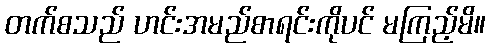
တက်စသည် ဟင်းအမည်စာရင်းကိုပင် မကြည့်မိ။